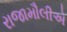
રાજામૌલીએ